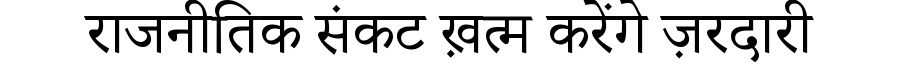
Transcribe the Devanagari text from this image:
राजनीतिक संकट ख़त्म करेंगे ज़रदारी